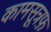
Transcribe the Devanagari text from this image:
कामसूत्रफ़